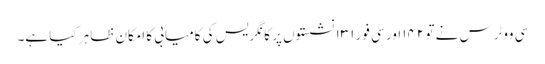
سی ووٹرس نے تو ۱۴۲ اور سی فور ۱۳۱ نشستوں پر کانگریس کی کامیابی کا امکان ظاہر کیا ہے۔